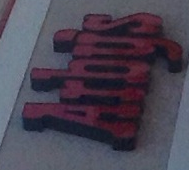
Arbtjs